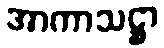
အာကာသဋ္ဌာ